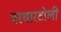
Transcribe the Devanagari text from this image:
बरथारटोली